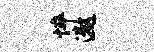
悴遨